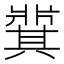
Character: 𬌋